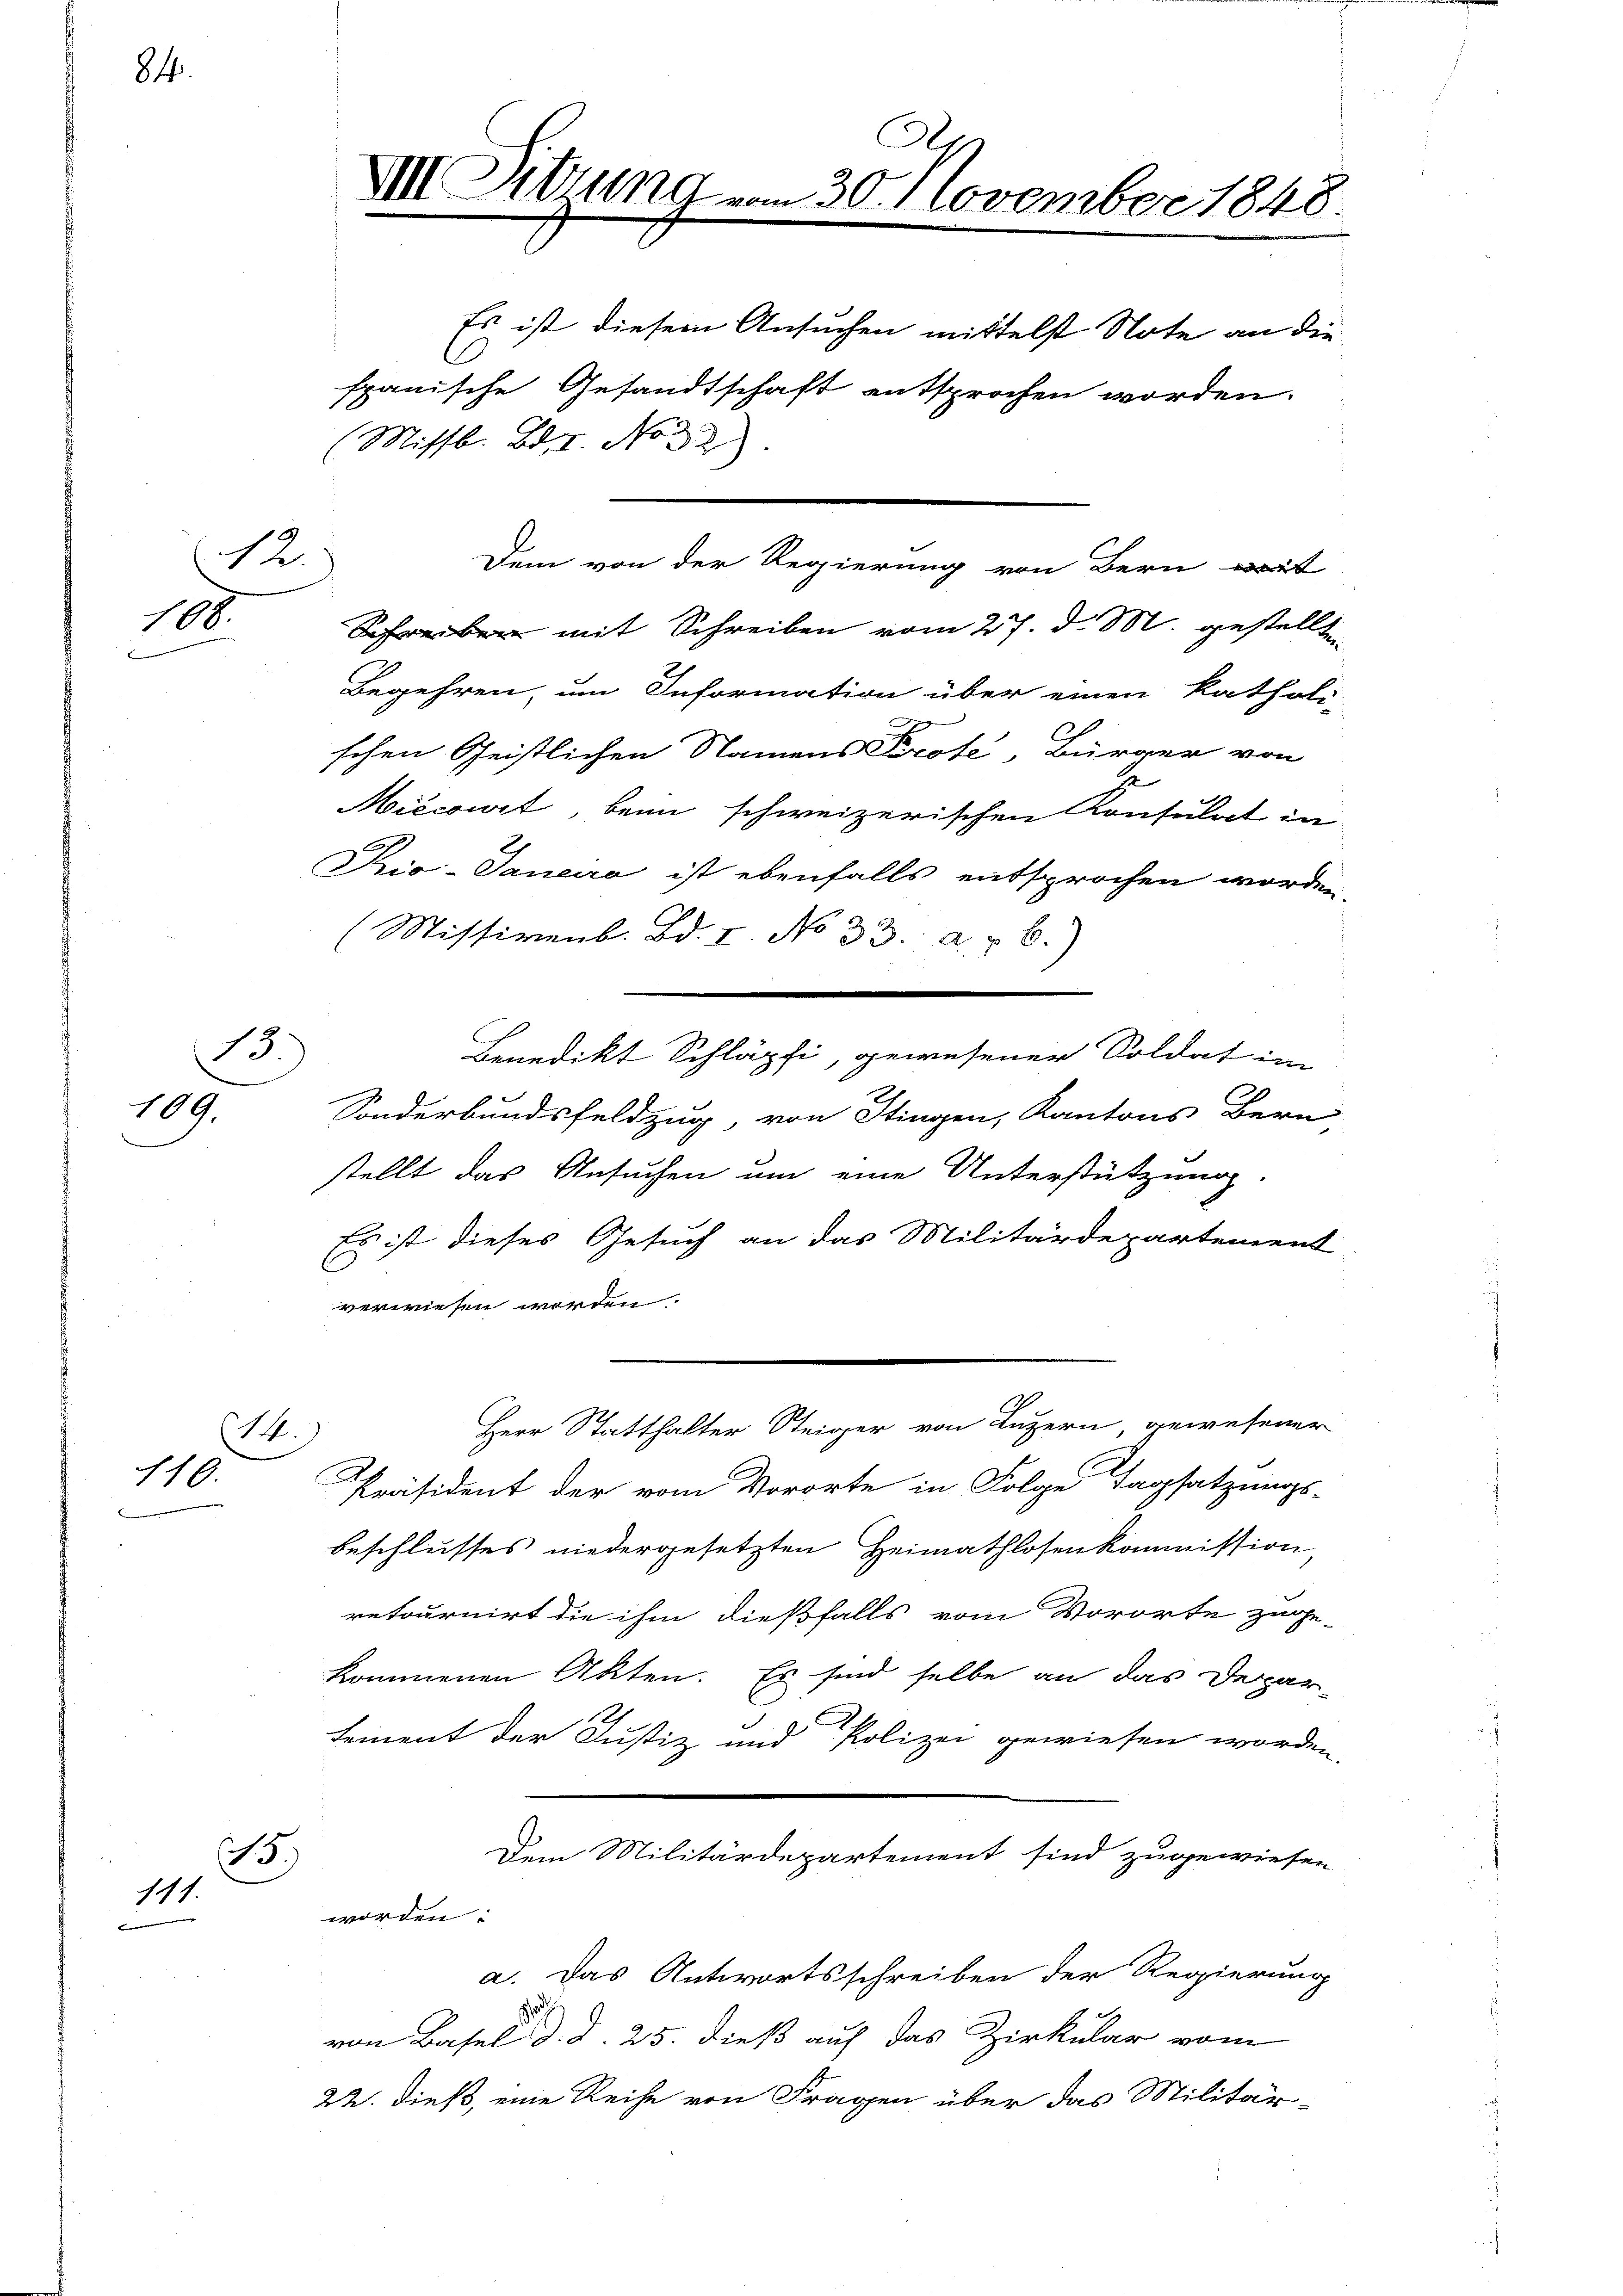
84.

108.

12.

13.)
109.

14.)
116.

15)
111.
t

Dem von der Regierung von Bern mit
Schreiben mit Schreiben vom 27. d. M. gestellte
Begehren, um Information über einen katholi-
schen Geistlichen Namens Prote, Bürger von
Miécowet, beim schweizerischen Konsulat in
Rio-Pancra ist ebenfalls entsprochen worden,
(Missivenb. Bd. I. No 33. a. u. b.)
.
Sonderbundsfeldzug, von Stingen, Kantons Bern
stellt das Ansuchen um eine Unterstützung.
Es ist dieses Gesuch an das Militärdepartement
C
verwiesen worden.
Herr Statthalter Steiger von Luzern gewesener
Präsident der vom Vororte in Folge Tagsatzungs-
beschlusses niedergesetzten Heimathlosenkommission,
retournirt die ihm dießfalls vom Vororte zuge-
kommenen Akten. Es sind selbe an das Depar-
tement der Justiz und Polizei gewiesen worden.
Dem Militärdepartement sind zugewiesen
worden.
a. Das Antwortsschreiben der Regierung
s
von Basel d. d. 25. dieß auf das Zirkular vom
22. dieß, eine Reihe von Fragen über das Militär-

VIII. Dittung vom 30. November 1848.
Es ist diesem Ansuchen mittelst Note an die
C
spanische Gesandtschaft entsprochen worden.
(Mittl. Bde. No 32

Benedikt Schläpfi, gewesener Soldat im